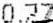
0.27